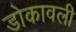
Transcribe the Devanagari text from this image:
डोकावली